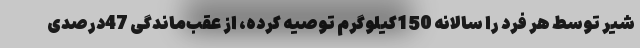
شیر توسط هر فرد را سالانه 150کیلوگرم توصیه کرده، از عقب‌ماندگی 47درصدی